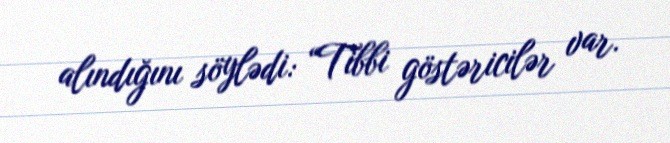
alındığını söylədi: “Tibbi göstəricilər var.